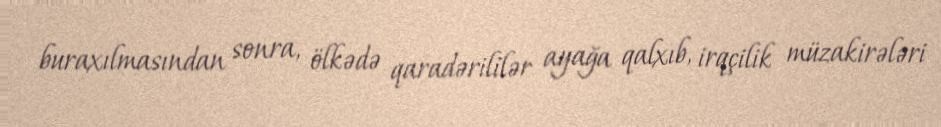
buraxılmasından sonra, ölkədə qaradərililər ayağa qalxıb, irqçilik müzakirələri